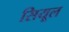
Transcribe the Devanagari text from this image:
सियूल